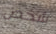
شخص